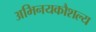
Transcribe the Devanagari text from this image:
अभिनयकौशल्य